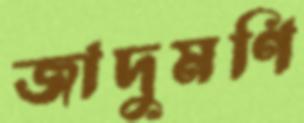
জাদুমণি